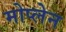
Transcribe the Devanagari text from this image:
मोप्लेन